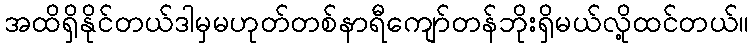
အထိရှိနိုင်တယ်ဒါမှမဟုတ်တစ်နာရီကျော်တန်ဘိုးရှိမယ်လို့ထင်တယ်။